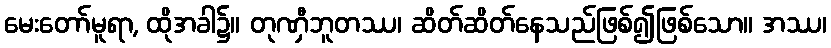
မေးတော်မူရာ, ထိုအခါ၌။ တုဏှီဘူတဿ၊ ဆိတ်ဆိတ်နေသည်ဖြစ်၍ဖြစ်သော။ အဿ၊